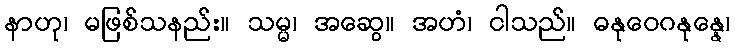
နာဟု၊ မဖြစ်သနည်း။ သမ္မ၊ အဆွေ။ အဟံ၊ ငါသည်။ ဓနုဝေဂနုန္နေ၊